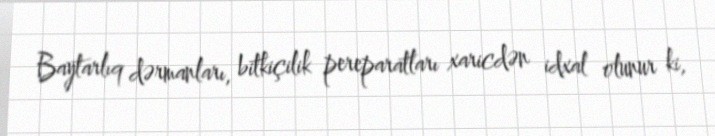
Baytarlıq dərmanları, bitkiçilik pereparatları xaricdən idxal olunur ki,